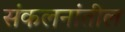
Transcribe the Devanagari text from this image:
संकलनांतील